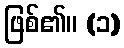
ဖြစ်၏။ (၁)